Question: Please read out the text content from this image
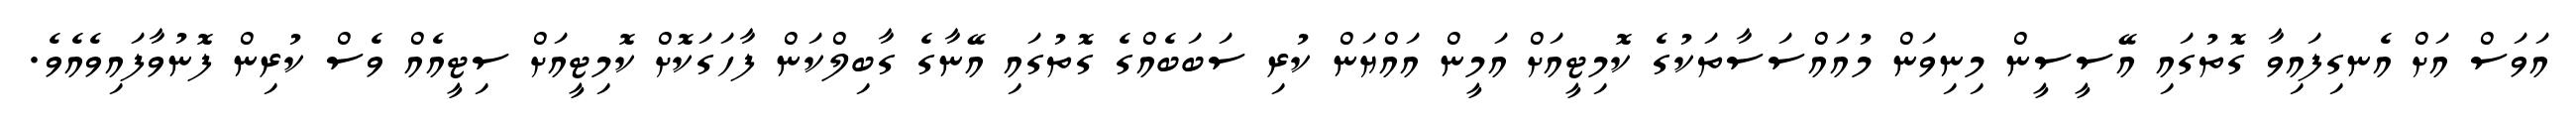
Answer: އަވަސް އަށް އެނގިފައިވާ ގޮތުގައި އޭސީސީން މިނިވަން މުއައްސަސާތަކުގެ ކޮމިޓީއަށް އަމީން އައްޔަން ކުރި ސަބަބެއްގެ ގޮތުގައި އޭނާގެ ގާބިލްކަން ފާހަގަކޮށް ކޮމިޓީއަށް ސިޓީއެއް ވެސް ކުރިން ފޮނުވާފައިވެއެވެ.